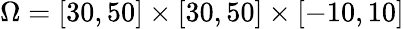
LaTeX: \Omega=[30,50]\times[30,50]\times[-10,10]